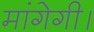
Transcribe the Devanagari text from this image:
मांगेगी।